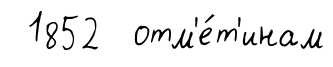
1852 отм'е́т'инам